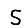
Digit: 5